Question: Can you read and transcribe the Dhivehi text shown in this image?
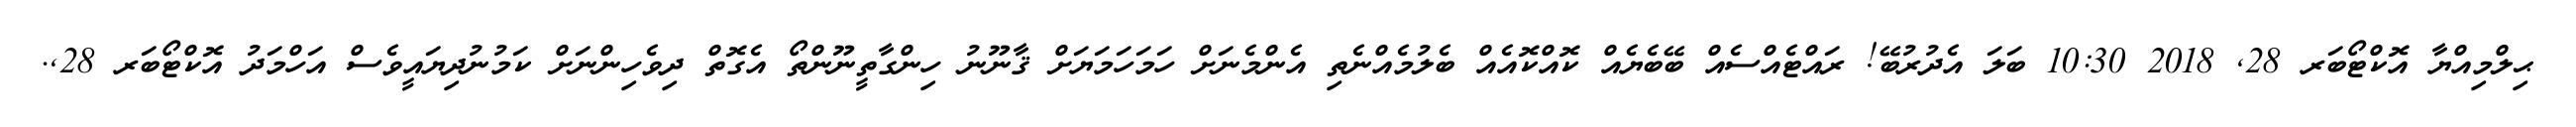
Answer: ޙިލްމިއްޔާ އޮކްޓޯބަރ 28, 2018 10:30 ބަލަ އެދުރުބޭ! ރައްޓެއްސެއް ބޭބެޔެއް ކޮއްކޮއެއް ބެލުމެއްނެތި އެންމެނަށް ހަމަހަމަޔަށް ޤާނޫނު ހިންގާތީނޫންތޯ އެގޮތް ދިވެހިންނަށް ކަމުނުދިޔައީވެސް އަހްމަދު އޮކްޓޯބަރ 28,.